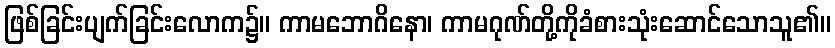
ဖြစ်ခြင်းပျက်ခြင်းလောက၌။ ကာမဘောဂိနော၊ ကာမဂုဏ်တို့ကိုခံစားသုံးဆောင်သောသူ၏။